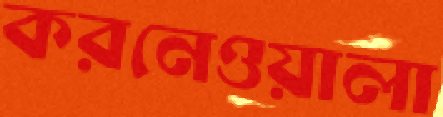
করনেওয়ালা